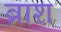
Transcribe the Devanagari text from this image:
ब्राश